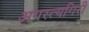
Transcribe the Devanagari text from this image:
अगस्त्यगिरी